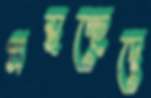
প্রস্থচ্ছেদে